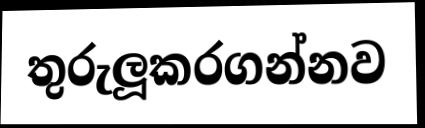
තුරුලූකරගන්නව